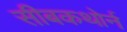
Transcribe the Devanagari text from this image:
सीबकथोर्न